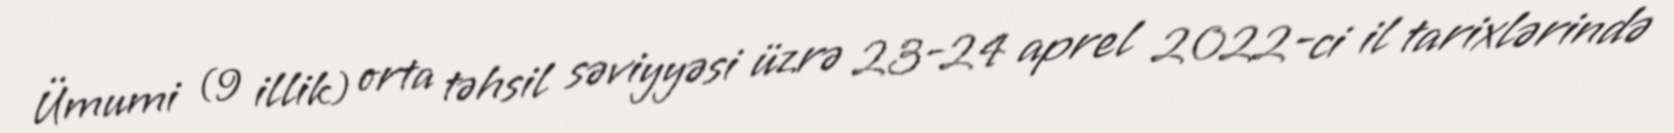
Ümumi (9 illik) orta təhsil səviyyəsi üzrə 23-24 aprel 2022-ci il tarixlərində